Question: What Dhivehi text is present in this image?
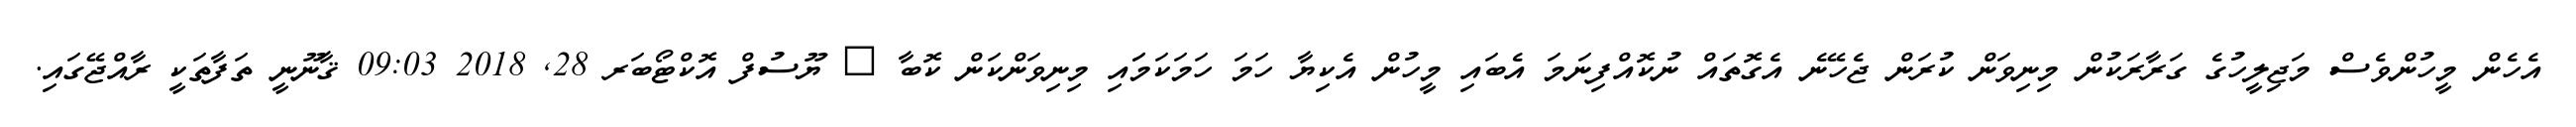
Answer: އެހެން މީހުންވެސް މަޖިލީހުގެ ގަރާރަކުން މިނިވަން ކުރަން ޖެހޭނެ އެގޮތައް ނުކޮއްފިނަމަ އެބައި މީހުން އެކިޔާ ހަމަ ހަމަކަމަައި މިނިވަންކަން ކޮބާ ? ޔޫސުފް އޮކްޓޯބަރ 28, 2018 09:03 ޤާނޫނީ ތަފާތަކީ ރާއްޖޭގައި.